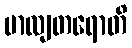
ဗာလျတရောတိ